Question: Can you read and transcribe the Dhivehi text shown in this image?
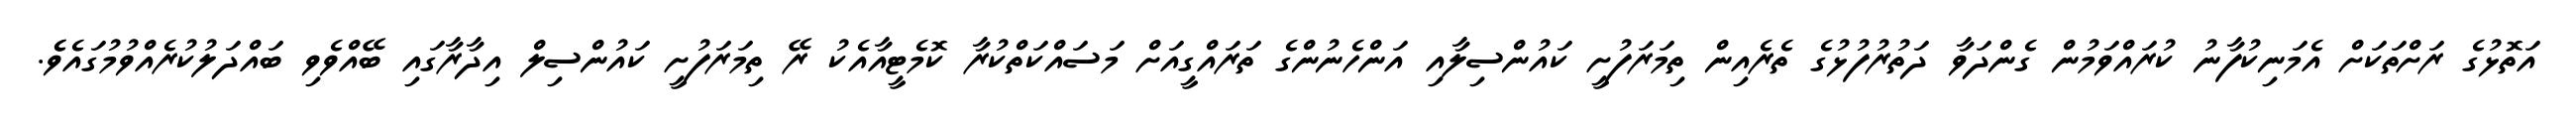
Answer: އަތޮޅުގެ ރަށްތަކަށް އެމަނިކުފާނު ކުރައްވަމުން ގެންދަވާ ދަތުރުފުޅުގެ ތެރެއިން ތިމަރަފުށީ ކައުންސިލާއި އަންހެނުންގެ ތަރައްގީއަށް މަސައްކަތްކުރާ ކޮމެޓީއާއެކު ރޭ ތިމަރަފުށީ ކައުންސިލް އިދާރާގައި ބޭއްވެވި ބައްދަލުކުރެއްވުމުގައެވެެ.